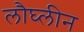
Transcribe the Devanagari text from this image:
लौघ्लीन